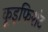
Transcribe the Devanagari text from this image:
कूइफिशंट